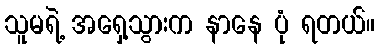
သူမရဲ့ အရှေ့သွားက နာနေ ပုံ ရတယ်။